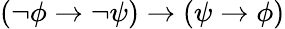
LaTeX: \left(\lnot\phi\to\lnot\psi\right)\to\left(\psi\to\phi\right)